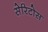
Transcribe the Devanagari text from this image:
सेरिटोस